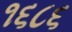
૧૬૮૬